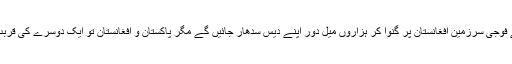
وہ تو اپنے جانے کتنے فوجی سرزمین افغانستان پر گنوا کر ہزاروں میل دور اپنے دیس سدھار جائیں گے مگر پاکستان و افغانستان تو ایک دوسرے کی قربت میں ہمیشہ رہیں گے۔